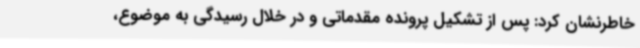
خاطرنشان کرد: پس از تشکیل پرونده مقدماتی و در خلال رسیدگی به موضوع،